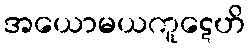
အယောမယကူဋေဟိ